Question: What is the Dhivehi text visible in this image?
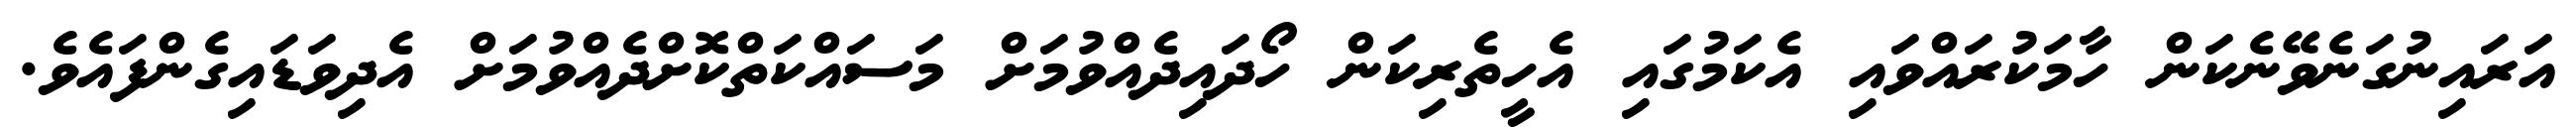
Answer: އަރައިނުގަނެވޭނެކަން ހާމަކުރައްވައި އެކަމުގައި އެހީތެރިކަން ހޯދައިދެއްވުމަށް މަސައްކަތްކޮށްދެއްވުމަށް އެދިވަޑައިގެންފައެވެ.